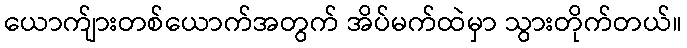
ယောက်ျားတစ်ယောက်အတွက် အိပ်မက်ထဲမှာ သွားတိုက်တယ်။